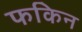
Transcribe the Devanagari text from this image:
फकिन